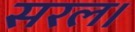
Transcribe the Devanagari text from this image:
सरल।